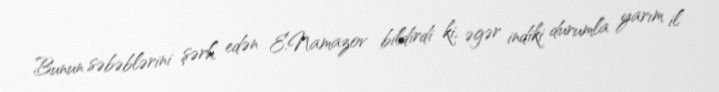
Bunun səbəblərini şərh edən E.Namazov bildirdi ki, əgər indiki durumla yarım il